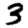
Digit: 3